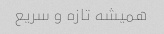
همیشه تازه و سریع